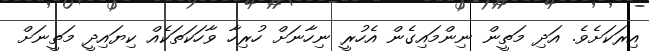
އިރަކަށެވެ. އަދި މަތީން ނިންމައިގެން އެހުރީ ނިހާނަށް ހުރިހާ ވާހަކަތަކެއް ކިޔައިދީ މަތީނަށް